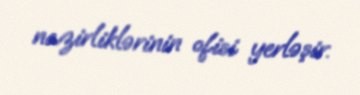
nazirliklərinin ofisi yerləşir.